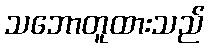
သဘောတူထားသည်